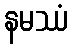
နမဿံ